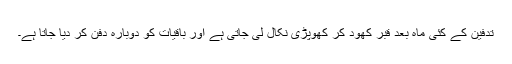
تدفین کے کئی ماہ بعد قبر کھود کر کھوپڑی نکال لی جاتی ہے اور باقیات کو دوبارہ دفن کر دیا جاتا ہے۔